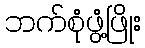
ဘက်စုံဖွံ့ဖြိုး